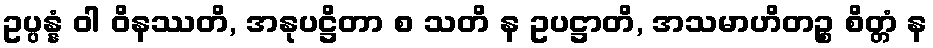
ဥပ္ပန္နံ ဝါ ဝိနဿတိ, အနုပဋ္ဌိတာ စ သတိ န ဥပဋ္ဌာတိ, အသမာဟိတဉ္စ စိတ္တံ န